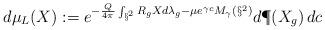
LaTeX: \begin{align*}d\mu_L(X):=e^{- \frac{_Q}{^{4\pi}}\int_{\S^2}R_{{g}} X d\lambda_{{g}} - \mu e^{\gamma c}M_{\gamma}(\S^2)}d\P(X_{ g})\,dc \end{align*}